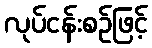
လုပ်ငန်းစဉ်ဖြင့်